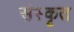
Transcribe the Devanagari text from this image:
संस्‍कृत